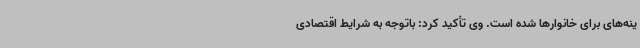
ینه‌های برای خانوارها شده است. وی تأکید کرد: باتوجه به شرایط اقتصادی